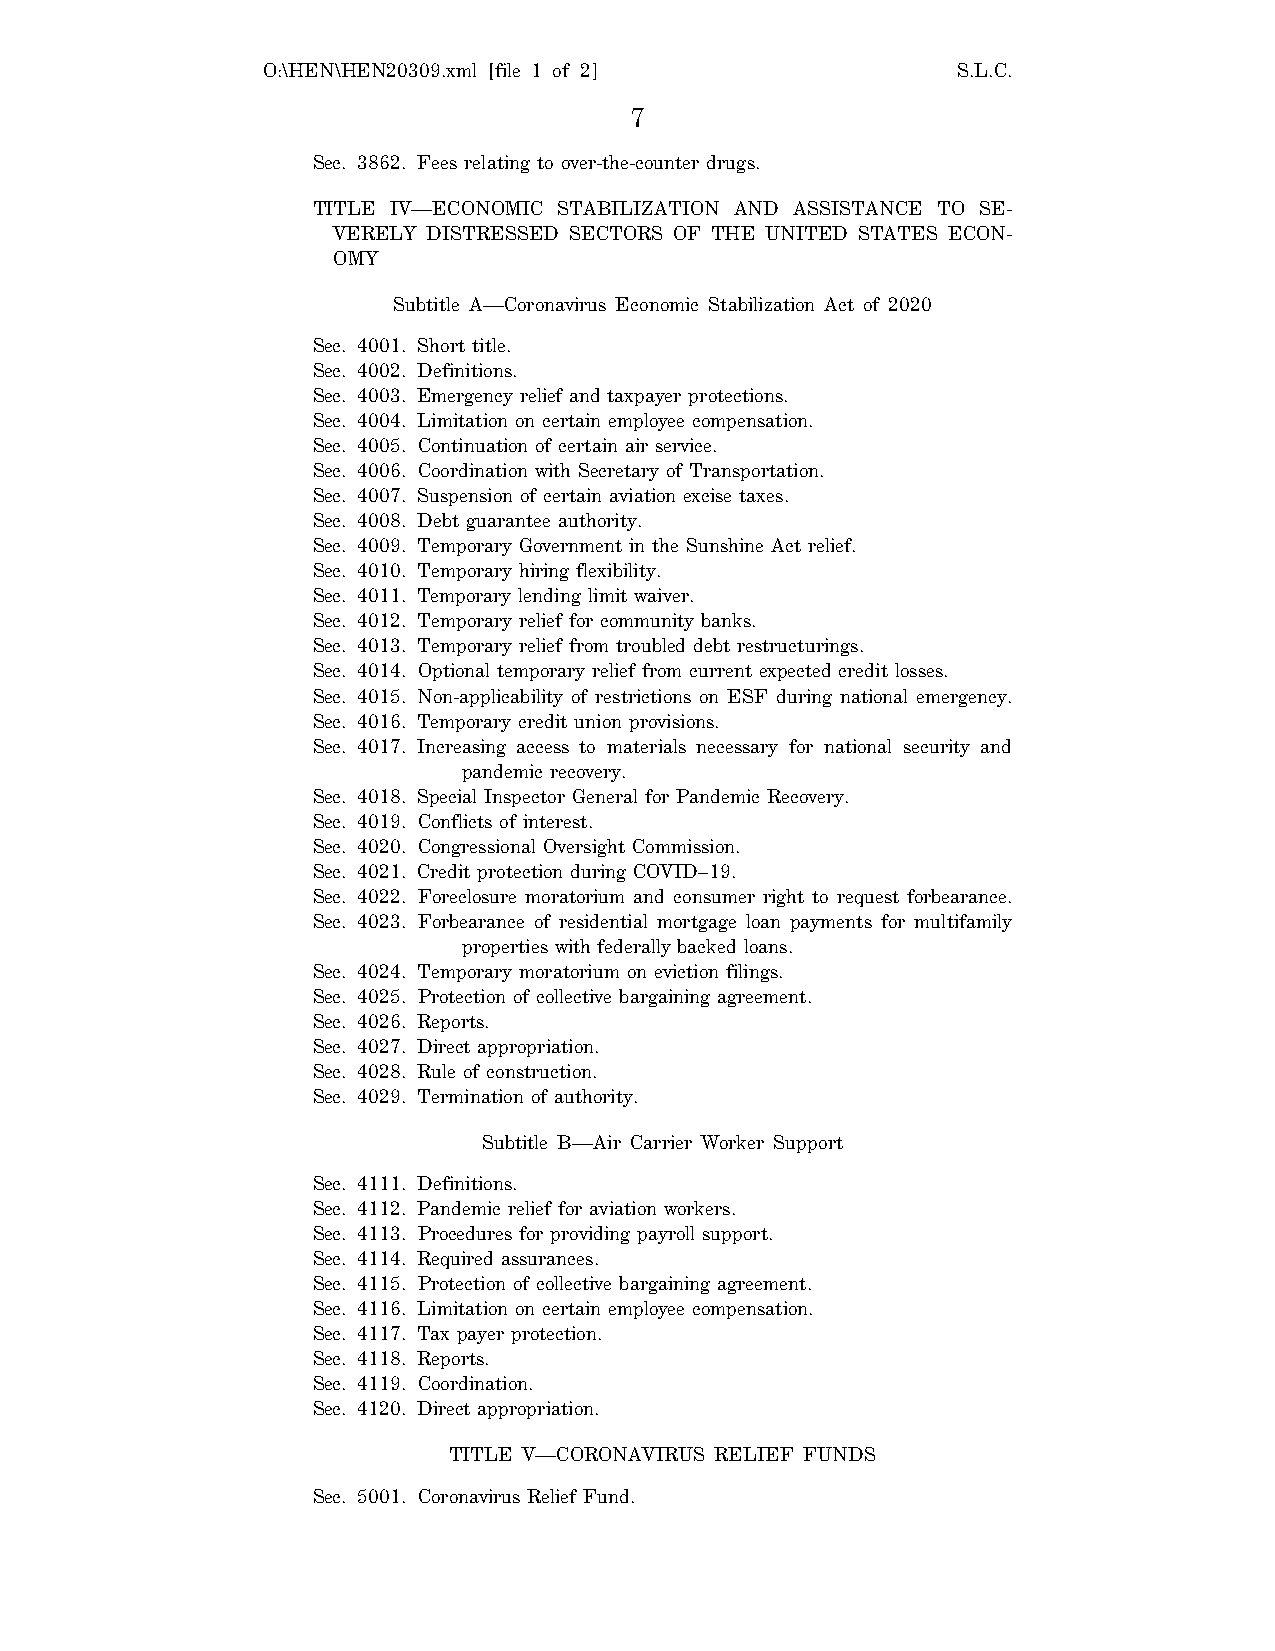
O:\HEN\HEN20309.xml [file 1 of 2]             S.L.C.
 7
 Sec. 3862. Fees relating to over-the-counter drugs.
 TITLE IV—ECONOMIC STABILIZATION AND ASSISTANCE TO SE-
 VERELY DISTRESSED SECTORS OF THE UNITED STATES ECON-
 OMY
 Subtitle A—Coronavirus Economic Stabilization Act of 2020
 Sec. 4001. Short title.
 Sec. 4002. Definitions.
 Sec. 4003. Emergency relief and taxpayer protections.
 Sec. 4004. Limitation on certain employee compensation.
 Sec. 4005. Continuation of certain air service.
 Sec. 4006. Coordination with Secretary of Transportation.
 Sec. 4007. Suspension of certain aviation excise taxes.
 Sec. 4008. Debt guarantee authority.
 Sec. 4009. Temporary Government in the Sunshine Act relief.
 Sec. 4010. Temporary hiring flexibility.
 Sec. 4011. Temporary lending limit waiver.
 Sec. 4012. Temporary relief for community banks.
 Sec. 4013. Temporary relief from troubled debt restructurings.
 Sec. 4014. Optional temporary relief from current expected credit losses.
 Sec. 4015. Non-applicability of restrictions on ESF during national emergency.
 Sec. 4016. Temporary credit union provisions.
 Sec. 4017. Increasing access to materials necessary for national security and
 pandemic recovery.
 Sec. 4018. Special Inspector General for Pandemic Recovery.
 Sec. 4019. Conflicts of interest.
 Sec. 4020. Congressional Oversight Commission.
 Sec. 4021. Credit protection during COVID–19.
 Sec. 4022. Foreclosure moratorium and consumer right to request forbearance.
 Sec. 4023. Forbearance of residential mortgage loan payments for multifamily
 properties with federally backed loans.
 Sec. 4024. Temporary moratorium on eviction filings.
 Sec. 4025. Protection of collective bargaining agreement.
 Sec. 4026. Reports.
 Sec. 4027. Direct appropriation.
 Sec. 4028. Rule of construction.
 Sec. 4029. Termination of authority.
 Subtitle B—Air Carrier Worker Support
 Sec. 4111. Definitions.
 Sec. 4112. Pandemic relief for aviation workers.
 Sec. 4113. Procedures for providing payroll support.
 Sec. 4114. Required assurances.
 Sec. 4115. Protection of collective bargaining agreement.
 Sec. 4116. Limitation on certain employee compensation.
 Sec. 4117. Tax payer protection.
 Sec. 4118. Reports.
 Sec. 4119. Coordination.
 Sec. 4120. Direct appropriation.
 TITLE V—CORONAVIRUS RELIEF FUNDS
 Sec. 5001. Coronavirus Relief Fund.